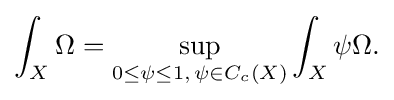
\displaystyle {\int _{X}\Omega =\sup _{0\leq \psi \leq 1,\,\psi \in C_{c}(X)}\int _{X}\psi \Omega .}